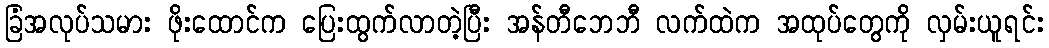
ခြံအလုပ်သမား ဖိုးထောင်က ပြေးထွက်လာတဲ့ပြီး အန်တီဘေဘီ လက်ထဲက အထုပ်တွေကို လှမ်းယူရင်း